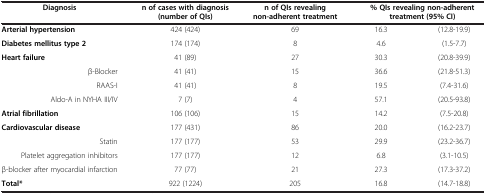
| Diagnosis | n of cases with diagnosis (number of QIs) | n of QIs revealing non-adherent treatment | <COLSPAN=2> % QIs revealing non-adherent treatment (95% CI) |
 | --- | --- | --- | --- | --- |
 | Arterial hypertension | 424 (424) | 69 | 16.3 | (12.8-19.9) |
 | Diabetes mellitus type 2 | 174 (174) | 8 | 4.6 | (1.5-7.7) |
 | Heart failure | 41 (89) | 27 | 30.3 | (20.8-39.9) |
 | β-Blocker | 41 (41) | 15 | 36.6 | (21.8-51.3) |
 | RAAS-I | 41 (41) | 8 | 19.5 | (7.4-31.6) |
 | Aldo-A in NYHA III/IV | 7 (7) | 4 | 57.1 | (20.5-93.8) |
 | Atrial fibrillation | 106 (106) | 15 | 14.2 | (7.5-20.8) |
 | Cardiovascular disease | 177 (431) | 86 | 20.0 | (16.2-23.7) |
 | Statin | 177 (177) | 53 | 29.9 | (23.2-36.7) |
 | Platelet aggregation inhibitors | 177 (177) | 12 | 6.8 | (3.1-10.5) |
 | β-blocker after myocardial infarction | 77 (77) | 21 | 27.3 | (17.3-37.2) |
 | Total* | 922 (1224) | 205 | 16.8 | (14.7-18.8) |